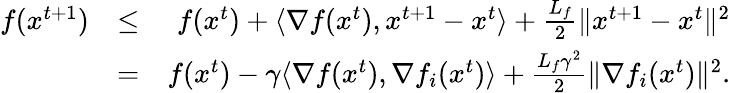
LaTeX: \begin{array}{rlr}{f(x^{t+1})}&{\leq}&{f(x^{t})+\langle\nabla f(x^{t}),x^{t+1}-x^{t}\rangle+\frac{L_{f}}{2}\| x^{t+1}-x^{t}\| ^{2}}\\ &{=}&{f(x^{t})-\gamma\langle\nabla f(x^{t}),\nabla f_{i}(x^{t})\rangle+\frac{L_{f}\gamma^{2}}{2}\| \nabla f_{i}(x^{t})\| ^{2}.}\end{array}